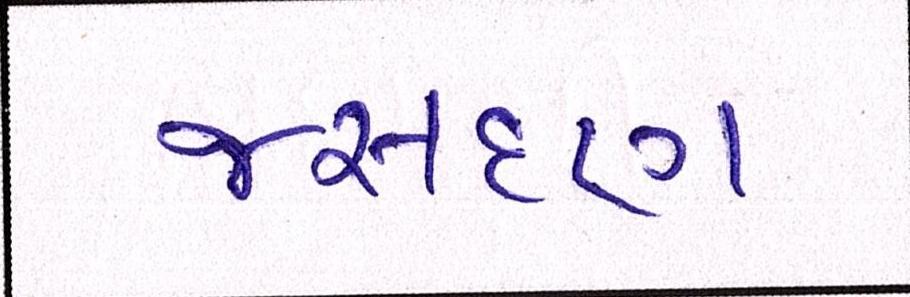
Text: જસદણ